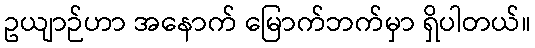
ဥယျာဉ်ဟာ အနောက် မြောက်ဘက်မှာ ရှိပါတယ်။